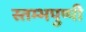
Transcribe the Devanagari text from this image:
स्तम्भपुष्पी